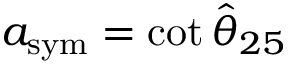
a _ { \mathrm { s y m } } = \cot \hat { \theta } _ { 2 5 }